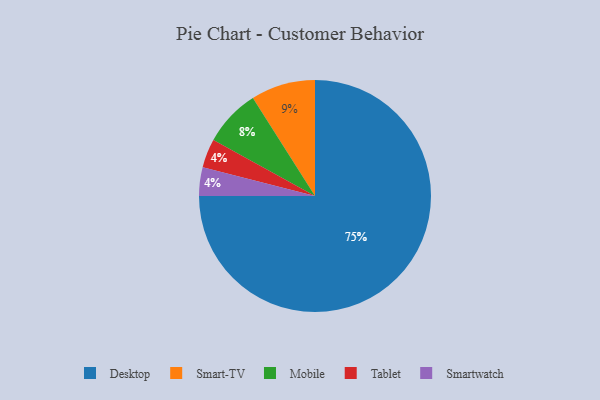
{"axis": {"x": "Category", "y": "Percentage"}, "legend": ["Desktop", "Mobile", "Smart-TV", "Smartwatch", "Tablet"], "data": [{"x": "Mobile", "y": 8, "type": "Mobile"}, {"x": "Smart-TV", "y": 9, "type": "Smart-TV"}, {"x": "Desktop", "y": 75, "type": "Desktop"}, {"x": "Tablet", "y": 4, "type": "Tablet"}, {"x": "Smartwatch", "y": 4, "type": "Smartwatch"}]}